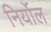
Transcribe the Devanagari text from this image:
निर्योल